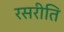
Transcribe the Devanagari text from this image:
रसरीति